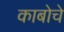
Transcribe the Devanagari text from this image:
काबोचे